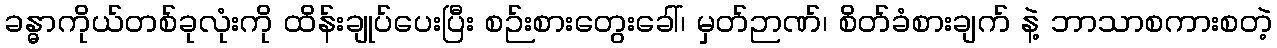
ခန္ဓာကိုယ်တစ်ခုလုံးကို ထိန်းချုပ်ပေးပြီး စဉ်းစားတွေးခေါ်၊ မှတ်ဉာဏ်၊ စိတ်ခံစားချက် နဲ့ ဘာသာစကားစတဲ့